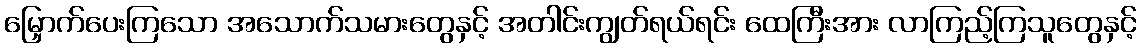
မြှောက်ပေးကြသော အသောက်သမားတွေနှင့် အတါင်းကျွတ်ရယ်ရင်း ထေကြီးအား လာကြည့်ကြသူတွေနှင့်